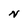
Character: N